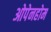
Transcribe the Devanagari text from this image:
ओपेनहोम